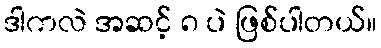
ဒါကလဲ အဆင့် ၈ ပဲ ဖြစ်ပါတယ်။